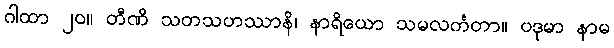
ဂါထာ ၂၀။ တီဏိ သတသဟဿာနိ၊ နာရိယော သမလင်္ကတာ။ ပဒုမာ နာမ